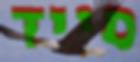
סייד